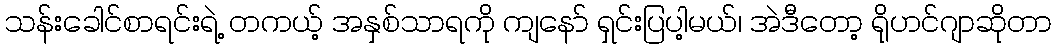
သန်းခေါင်စာရင်းရဲ့ တကယ့် အနှစ်သာရကို ကျနော် ရှင်းပြပါ့မယ်၊ အဲဒီတော့ ရိုဟင်ဂျာဆိုတာ